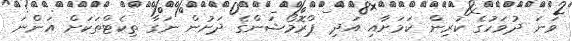
ވަނަ ދުވަހުގެ ކުރިން ކަމަށާއި އަދި ޕްރޮމޯޝަންގެ ދަށުން ނަގާ ތިކެޓްތަކަށް އަންނަ